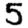
Digit: 5